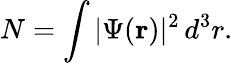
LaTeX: N=\int\vert\Psi(\mathbf{r})\vert^{2}\, d^{3}r.